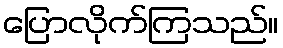
ပြောလိုက်ကြသည်။